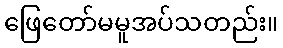
ဖြေတော်မမူအပ်သတည်း။